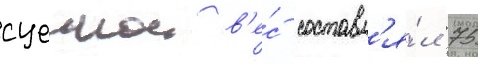
сцепнои в'е́с составл'я́л 75